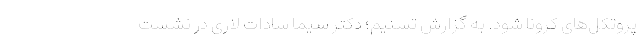
پروتکل‌های کرونا شود. به گزارش تسنیم؛ دکتر سیما سادات لاری در نشست